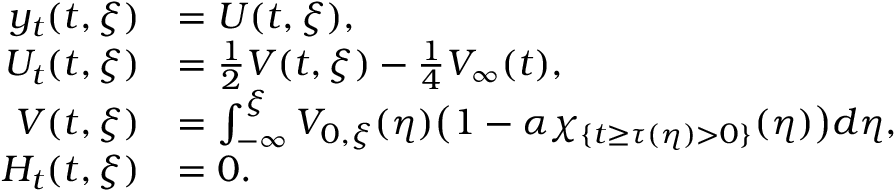
\begin{array} { r l } { y _ { t } ( t , \xi ) } & { = U ( t , \xi ) , } \\ { U _ { t } ( t , \xi ) } & { = \frac { 1 } { 2 } V ( t , \xi ) - \frac { 1 } { 4 } V _ { \infty } ( t ) , } \\ { V ( t , \xi ) } & { = \int _ { - \infty } ^ { \xi } V _ { 0 , \xi } ( \eta ) \big ( 1 - \alpha \chi _ { \{ t \geq \tau ( \eta ) > 0 \} } ( \eta ) \big ) d \eta , } \\ { H _ { t } ( t , \xi ) } & { = 0 . } \end{array}